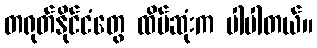
တရုတ်နိုင်ငံတွေ ထိပ်ဆုံးက ပါပါတယ်။